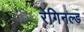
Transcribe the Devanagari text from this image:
रेगिनल्ड